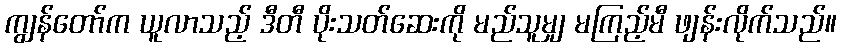
ကျွန်တော်က ယူလာသည့် ဒီတီ ပိုးသတ်ဆေးကို မည်သူမျှ မကြည့်မီ ဖျန်းလိုက်သည်။